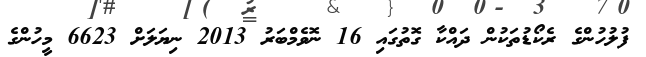
ފުލުހުންގެ ރެކޯޑުތަކުން ދައްކާ ގޮތުގައި 16 ނޮވެމްބަރު 2013 ނިޔަލަށް 6623 މީހުންގެ